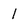
Character: 1